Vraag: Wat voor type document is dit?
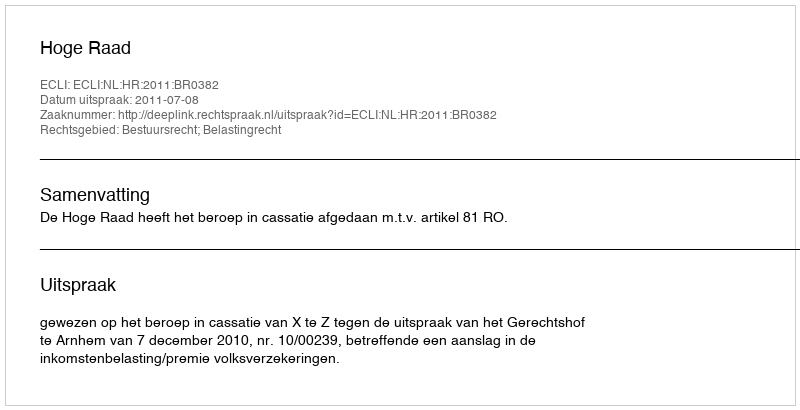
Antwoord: Uitspraak